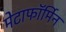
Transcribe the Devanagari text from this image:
मेटाफॉर्मिन